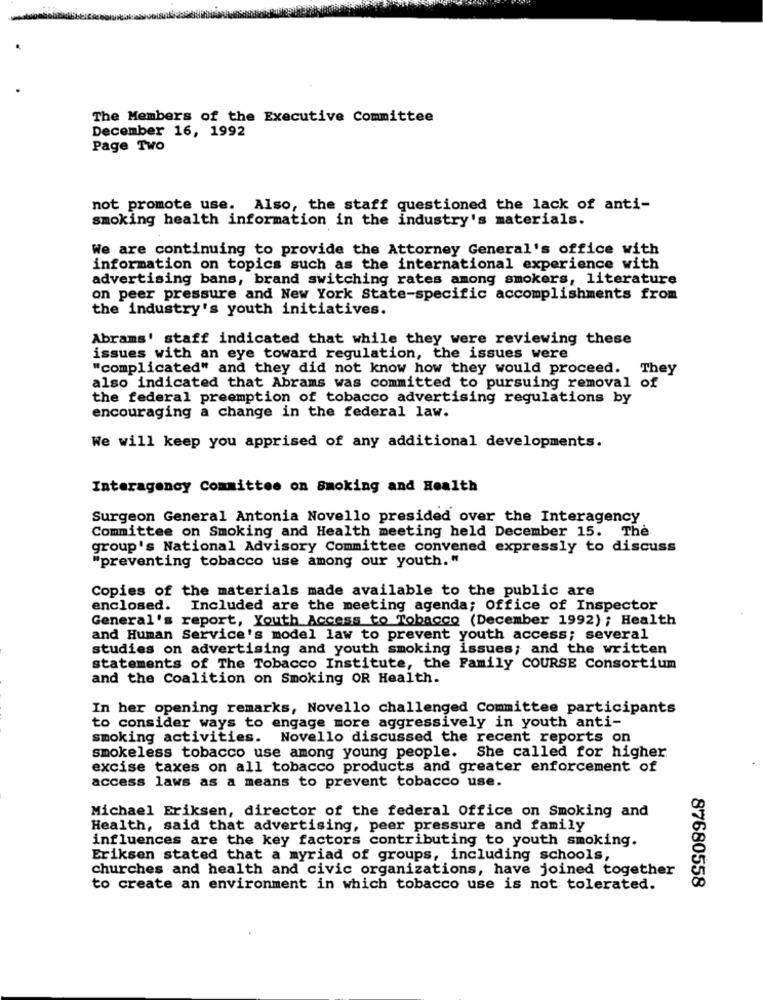
The Members of the Executive Committee
December 16, 1992
Page Two
not promote use. Also, the staff questioned the lack of anti-
smoking health information in the industry's materials.
We are continuing to provide the Attorney General's office with
information on topics such as the international experience with
advertising bans, brand switching rates among smokers, literature
on peer pressure and New York State-specific accomplishments from
the industry's youth initiatives.
Abrams' staff indicated that while they were reviewing these
issues with an eye toward regulation, the issues were
"complicated" and they did not know how they would proceed. They
also indicated that Abrams was committed to pursuing removal of
the federal preemption of tobacco advertising regulations by
encouraging a change in the federal law.
We will keep you apprised of any additional developments.
Interagency Committee on Smoking and Health
Surgeon General Antonia Novello presided over the Interagency
Committee on Smoking and Health meeting held December 15. The
group's National Advisory Committee convened expressly to discuss
"preventing tobacco use among our youth. "
Copies of the materials made available to the public are
enclosed. Included are the meeting agenda; Office of Inspector
General's report, Youth Access to Tobacco (December 1992) ; Health
and Human Service's model law to prevent youth access; several
studies on advertising and youth smoking issues; and the written
statements of The Tobacco Institute, the Family COURSE Consortium
and the Coalition on Smoking OR Health.
In her opening remarks, Novello challenged Committee participants
to consider ways to engage more aggressively in youth anti-
smoking activities. Novello discussed the recent reports on
smokeless tobacco use among young people. She called for higher
excise taxes on all tobacco products and greater enforcement of
access laws as a means to prevent tobacco use.
Michael Eriksen, director of the federal Office on Smoking and
Health, said that advertising, peer pressure and family
influences are the key factors contributing to youth smoking.
Eriksen stated that a myriad of groups, including schools,
churches and health and civic organizations, have joined together
to create an environment in which tobacco use is not tolerated.
87680558